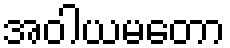
အဝါယမတော